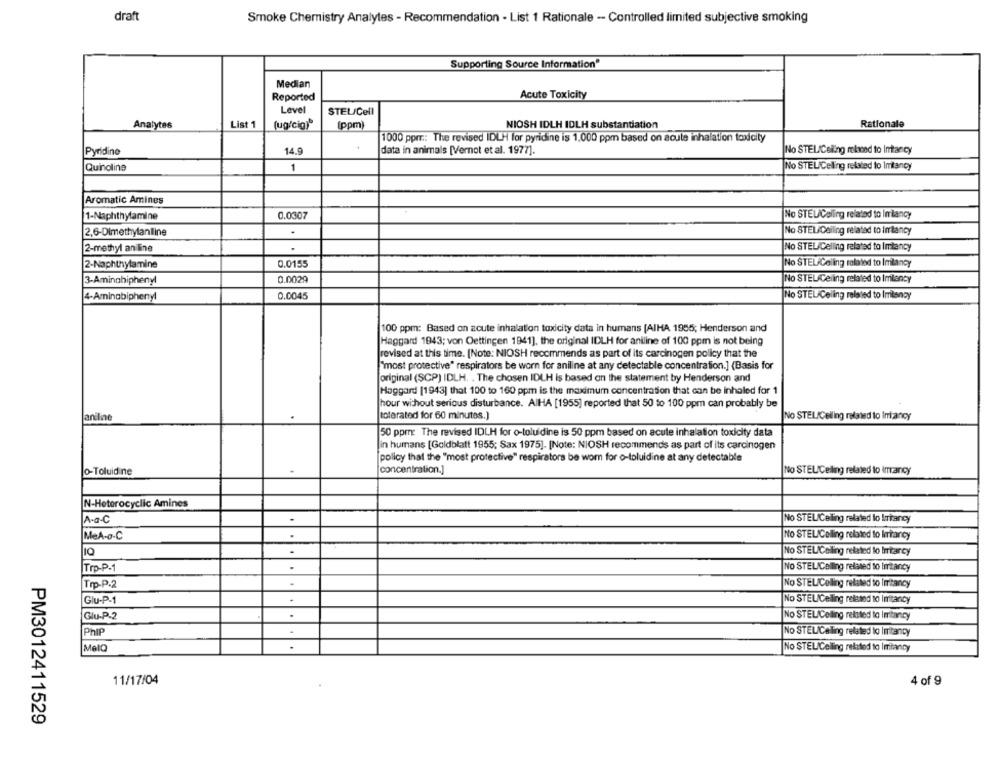
draft
Smoke Chemistry Analyles - Recommendation - List 1 Rationale - Controlled limited subjective smoking
Supporting Source Information
Median
Reported
Acute Toxicity
Level
STEL/Cell
Rationale
Analytes
List 1
(ug/cig)"
(ppm)
NIOSH IDLH IDLH substantiation
1000 ppmr .: The revised IDLH for pyridine is 1,000 ppm based on acute inhalation toxicity
Pyridine
14.9
data in animals [Vernot et al. 1977].
No STEL/Celling relaned to Intancy
Quinoline
1
No STELICeling related to Imtancy
Aromatic Amines
1-Naphthylamine
0.0307
No STEL/Calling related to Imlancy
2,6-Dimethylaniline
No STEL/Delling related to Imrtancy
2-methyl aniline
.
No STELICelling related to Imtancy
2-Naphthylamine
0.0155
No STEL Celing related to Imlancy
3-Aminghiphenyl
0.0029
No STELICeling related to Imlancy
4-Aminabiphenyl
0.0045
No STEL/Celing related to Imisnoy
100 ppm: Based on acute inhalation toxicity data in humans [AIHA 1955; Henderson and
Haggard 1843; von Oettingen 1941], the original IDLH for aniline of 100 ppm is not being
revised at this time. [Note: NIOSH recommends as part of its carcinogen policy that the
"most protective" respirators be worn for aniline at any detectable concentration.] (Basis for
original (SCP) IDLH, . The chosen IDLH is based on the statement by Henderson and
Haggard [1943) that 100 to 160 ppm is the maximum concentration that can be inhaled for 1
hour without serious disturbance. AIHA [1955] reported that 50 to 100 ppm can probably be
anine
tolerated for 60 minutes.)
No STELICelling related to Iniancy
50 ppm: The revised IDLH for o-toluidine is 50 ppm based on acute inhalation toxicity data
in humans [Goldblatt 1955; Sax 1975]. [Note: NIOSH recommends as part of its carcinogen
policy that the "most protective" respirators be wom for o-toluidine at any detectable
o-Toluidine
concentration.]
No STEL/Celing related to imancy
N-Heterocyclic Amines
A-a-C
No STEL/Calling related lo Iriancy
MeA-a-C
No STELIColling related to liriancy
No STELICelling related lo Irrtarcy
Trp-P-1
NO STELICalling related to Imitancy
Trp-P-2
No STELIColling related to Imitancy
Glu-P-1
No STELICelling related to Imitancy
Glu-P-2
.
No STEL/Celling reksted to Imitancy
Phip
.
No STELICaling related to Imitancy
MelO
.
No STELICelling related to Imitancy
11/17/04
4 of 9
PM3012411529